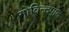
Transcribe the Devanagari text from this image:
गोविन्दपाद